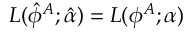
L ( \hat { \phi } ^ { A } ; \hat { \alpha } ) = L ( \phi ^ { A } ; \alpha )